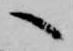
へ